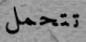
تتحمل